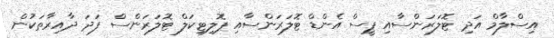
އިސްލާމް އަދި ޓޮލަރަންސާއި ޕީސް އެންޑް ޓޮލަރަންސާއި ޕޮލިޓިކަލް ޓޮލަރަންސް ފަދަ ދާއިރާތަކުން